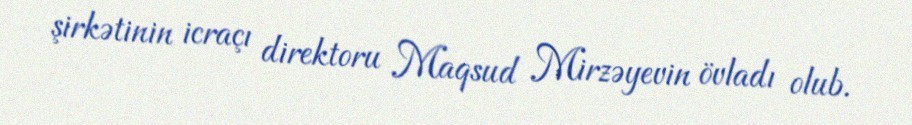
şirkətinin icraçı direktoru Maqsud Mirzəyevin övladı olub.